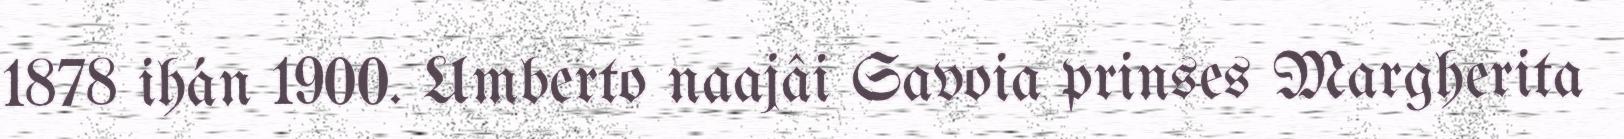
1878 ihán 1900. Umberto naajâi Savoia prinses Margherita